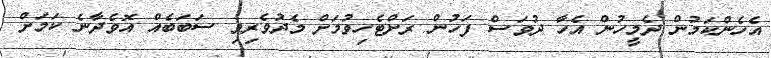
އެހެންކަމުން ދެމީހުން އެހާ ދުވަސް ފަހުން ރަށްޓެހިވުމަށް މެދުވެރިވި ސަބަބެއް އޮވެދާނެ ކަމަށް